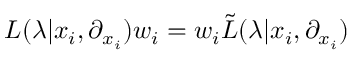
L ( \lambda | x _ { i } , \partial _ { x _ { i } } ) w _ { i } = w _ { i } { \tilde { L } } ( \lambda | x _ { i } , \partial _ { x _ { i } } )